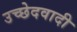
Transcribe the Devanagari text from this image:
उच्छेदवादी